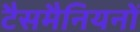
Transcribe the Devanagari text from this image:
टैसमैनियनों